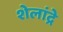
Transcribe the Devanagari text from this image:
शेलांद्रे